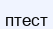
птест